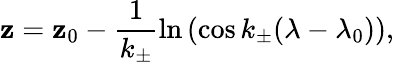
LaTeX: \mathbf{z}=\mathbf{z}_{0}-\frac{{1}}{{k_{\pm}}}\ln{\left(\cos{k_{\pm}(\lambda-\lambda_{0})}\right)},